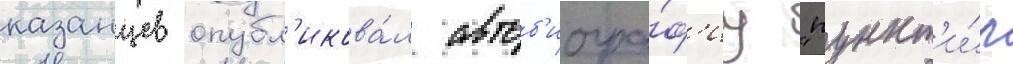
казанцев опубл'икова́л автоб'иогра́ф'иу "пункт'и́р